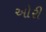
ઓરી